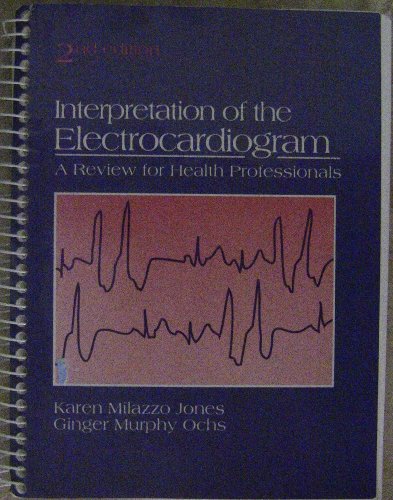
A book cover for Interpretation of the Electrocardiograms: A Review for Health Professionals; Karen Milazzo Jones; Medical Books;